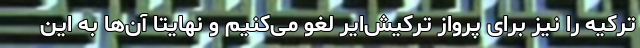
ترکیه را نیز برای پرواز ترکیش‌ایر لغو می‌کنیم و نهایتا آن‌ها به این